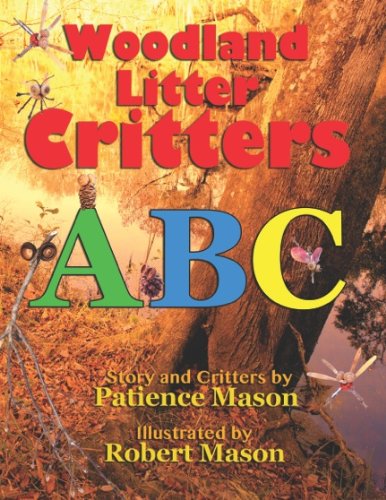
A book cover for Woodland Litter Critters ABC; Patience H. C. Mason; Arts & Photography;